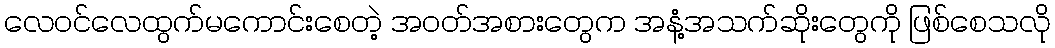
လေဝင်လေထွက်မကောင်းစေတဲ့ အဝတ်အစားတွေက အနံ့အသက်ဆိုးတွေကို ဖြစ်စေသလို